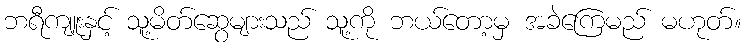
ဘရီကျူးနှင့် သူ့မိတ်ဆွေများသည် သူ့ကို ဘယ်တော့မှ အခဲကြေမည် မဟုတ်။